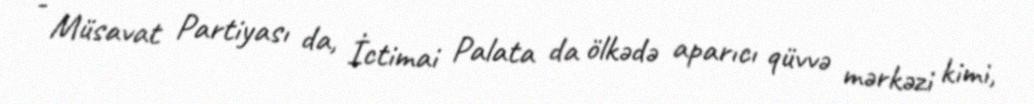
- Müsavat Partiyası da, İctimai Palata da ölkədə aparıcı qüvvə mərkəzi kimi,